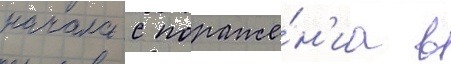
начала с пораже́н'иа в